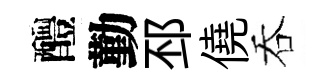
醴勤邳僥吞